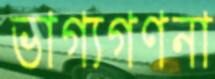
ভাগ্যগণনা